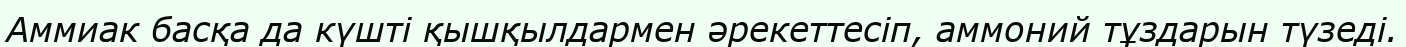
Аммиак басқа да күшті қышқылдармен әрекеттесіп, аммоний тұздарын түзеді.